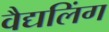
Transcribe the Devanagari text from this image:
वैद्यलिंग